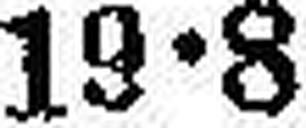
19•8